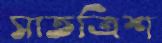
সাতত্রিশ